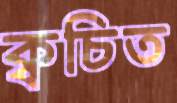
ক্বচিত